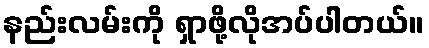
နည်းလမ်းကို ရှာဖို့လိုအပ်ပါတယ်။